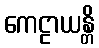
ကေဠာယန္တိ